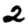
Digit: 2